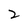
Character: 2